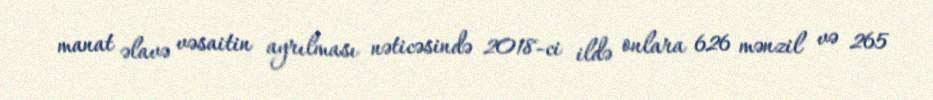
manat əlavə vəsaitin ayrılması nəticəsində 2018-ci ildə onlara 626 mənzil və 265